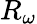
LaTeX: R_{\omega}